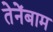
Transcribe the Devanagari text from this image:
तेनेंबाम